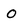
Character: O